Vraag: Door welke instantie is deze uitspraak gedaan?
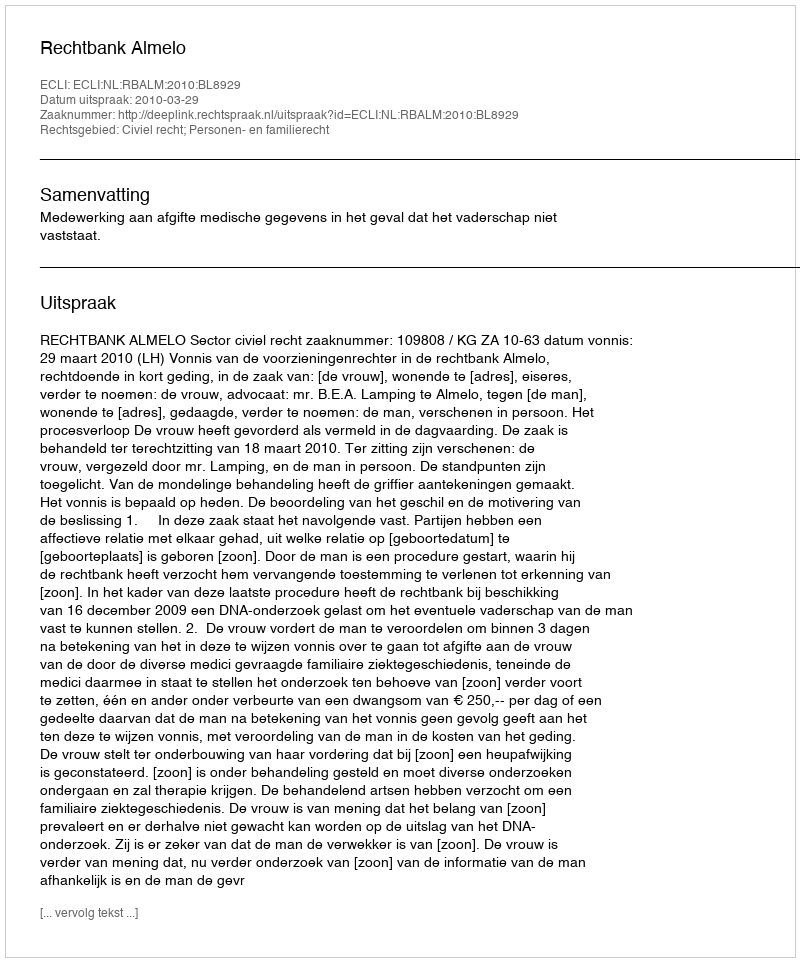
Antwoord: Rechtbank Almelo